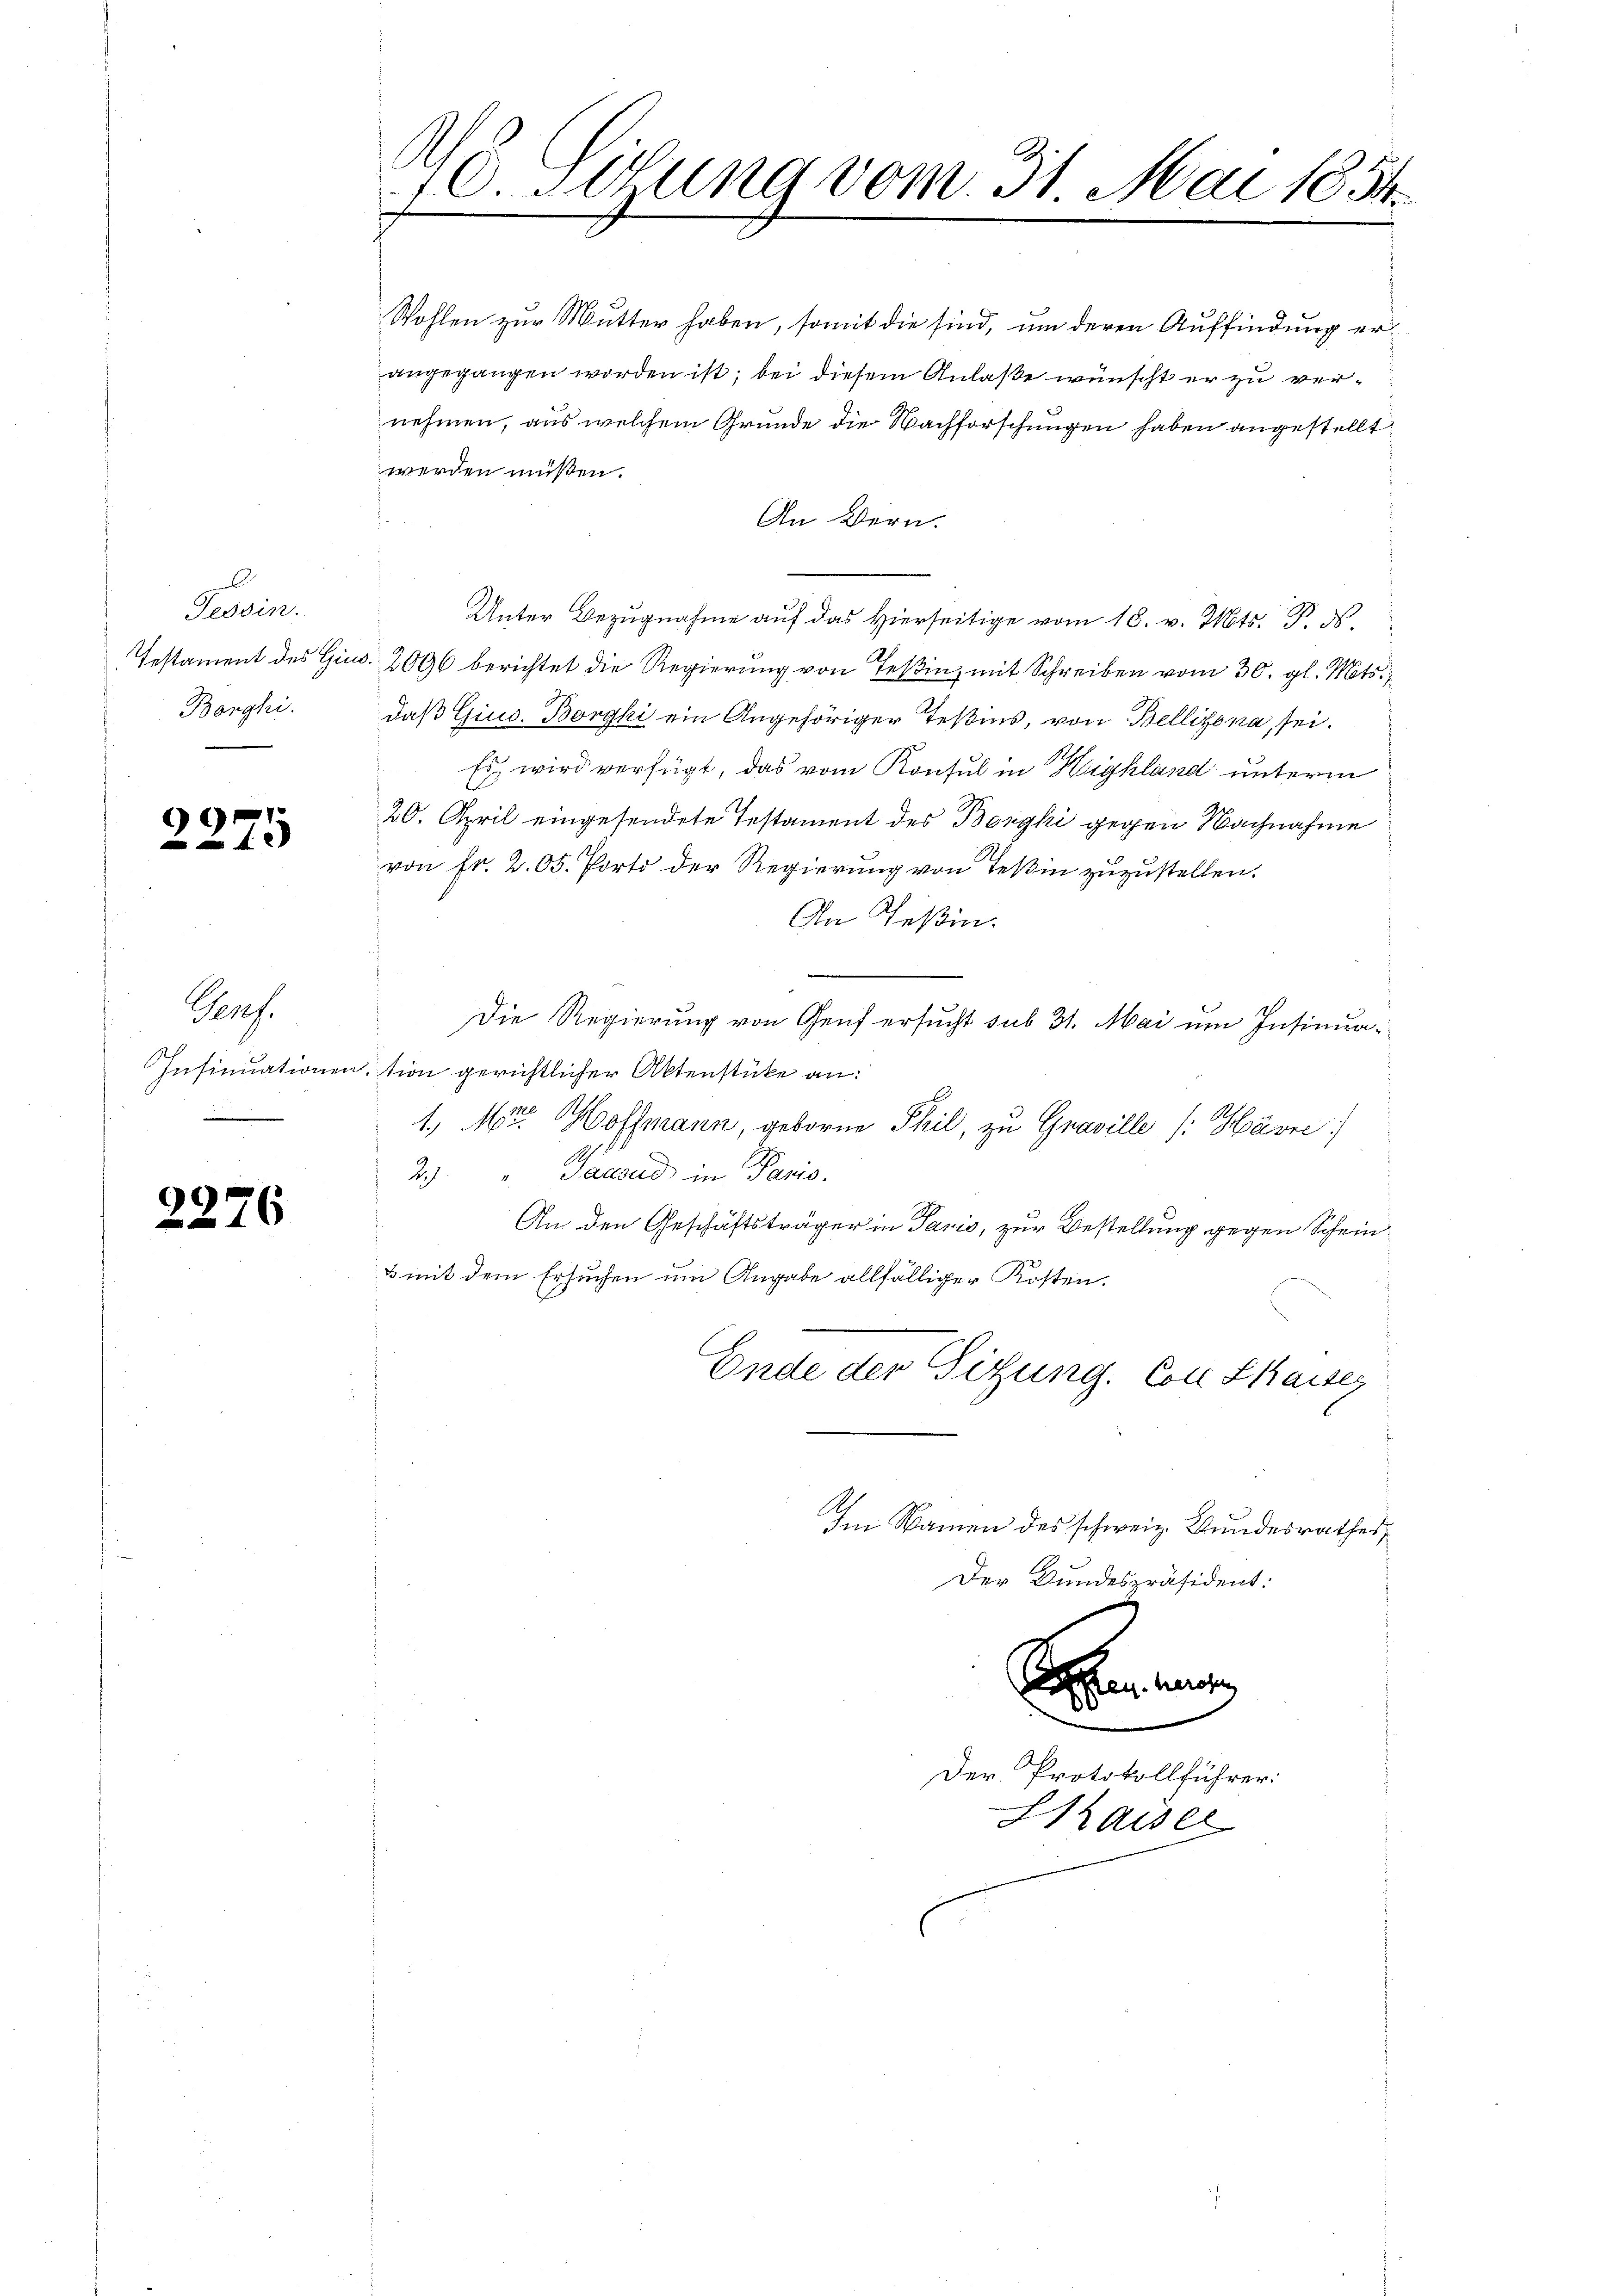
.
Tessin.
Bonghi.
e

9
x

Pens
Insinuatione
e
i

2276

Wohlen zur Mutter haben, somit die sind, um deren Auffindung erangegangen worden ist; bei diesem Anlaße wünscht er zu vernehmen, aus welchem Grunde die Nachforschungen haben angestellt,
werden müßen.
An Bern.
Unter Bezugnahme auf das Hierseitige vom 18. v. Mts. P. d.
Testament des Giud. 2096 berichtet die Regierung von Teßin, mit Schreiben vom 30. gl. Mts.
daß Gius. Borgki ein Angehöriger Teßins, von Bellizona, sei.
Es wird verfügt, das vom Konsul in Highland unterm
20. April eingesendete Testament des Borgki gegen Nachnahme
von Fr. 205. Porto der Regierung von Teßin zuzustellen.
An Teßin.
Die Regierung von Genf ersucht sub 31. Mai um Insinuainition gerichtlicher Aktenstücke an:
1., Mr. Hoffmann, geborne Theil, zu Graville (Havić
2) " Gaczud in Paris.
An den Geschäftsträger in Paris, zur Bestellung gegen Schein¬
& mit dem Ersuchen um Angabe allfälliger Kosten.
e
e
Ende der Sitzung. Con Chaiser
Im Namen des schweiz. Bundesrathes,
Der Bundespräsident:
Lehen weise
Der Protokollführer:
Saiser

10. Sitzung vom 31. Mai 1854.
x